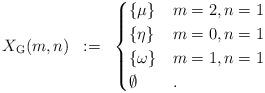
LaTeX: \begin{align*}\begin{array}{r c c l}X_{\operatorname{G}}(m,n) & := & \begin{cases}\{\mu\} & m=2, n=1\\\{\eta\} & m=0, n=1\\\{\omega\} & m=1, n=1\\\emptyset & .\end{cases}\end{array}\end{align*}